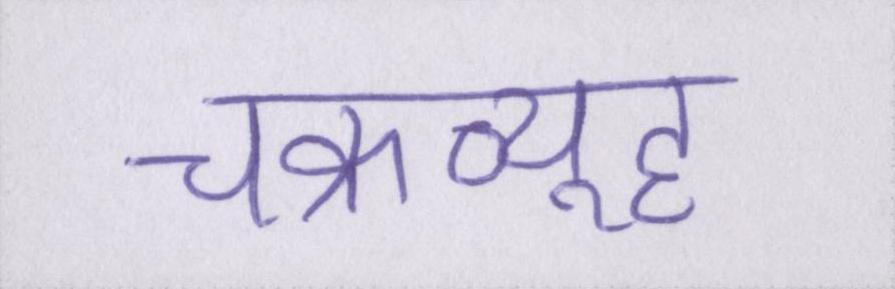
चक्रव्यूह